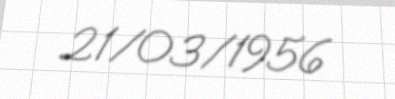
21/03/1956